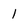
Character: 1